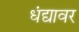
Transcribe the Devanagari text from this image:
धंद्यावर